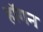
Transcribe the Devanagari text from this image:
हाॅगन